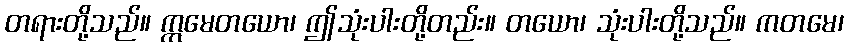
တရားတို့သည်။ ဣမေတယော၊ ဤသုံးပါးတို့တည်း။ တယော၊ သုံးပါးတို့သည်။ ကတမေ၊